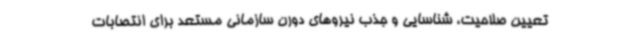
تعیین صلاحیت، شناسایی و جذب نیروهای دورن سازمانی مستعد برای انتصابات